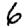
Digit: 6